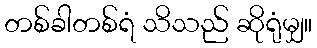
တစ်ခါတစ်ရံ သိသည် ဆိုရုံမျှ။